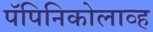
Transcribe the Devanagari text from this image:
पॅपिनिकोलाव्ह